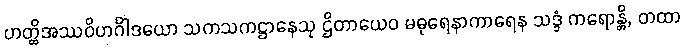
ဟတ္ထိအဿဝိဟင်္ဂါဒယော သကသကဋ္ဌာနေသု ဌိတာယေဝ မဓုရေနာကာရေန သဒ္ဒံ ကရောန္တိ, တထာ